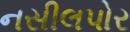
નસીલપોર